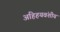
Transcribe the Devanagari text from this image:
अहिहयवंशीय